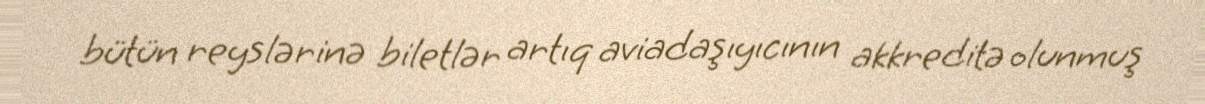
bütün reyslərinə biletlər artıq aviadaşıyıcının akkreditə olunmuş